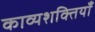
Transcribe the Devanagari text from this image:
काव्यशक्तियाँ